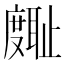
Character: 𪪪